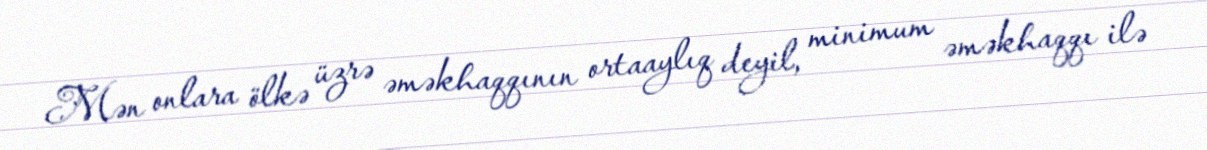
Mən onlara ölkə üzrə əməkhaqqının ortaaylıq deyil, minimum əməkhaqqı ilə